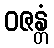
ဝဇန္တံ